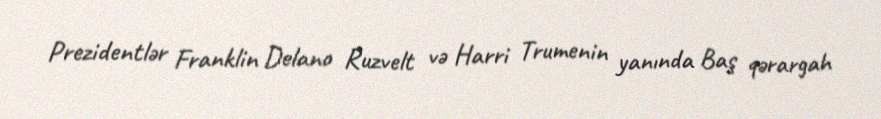
Prezidentlər Franklin Delano Ruzvelt və Harri Trumenin yanında Baş qərargah